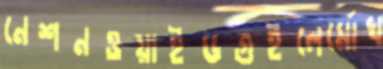
নেশনওয়াইডগুইলের্মোখ